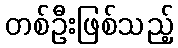
တစ်ဦးဖြစ်သည့်